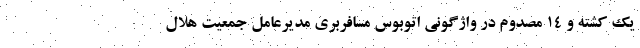
یک کشته و ۱۴ مصدوم در واژگونی اتوبوس مسافربری مدیرعامل جمعیت هلال